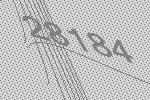
28184